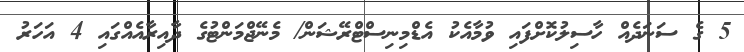
5 ގެ ސަނަދެއް ހާސިލުކޮށްފައި ވުމާއެކު އެޑްމިނިސްޓްރޭޝަން/ މެނޭޖްމަންޓުގެ ދާއިރާއެއްގައި 4 އަހަރު